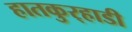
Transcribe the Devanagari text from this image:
हातकुर्‍हाडी